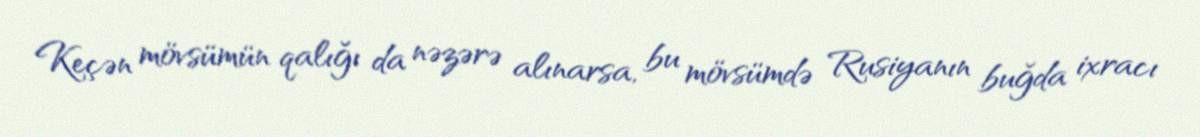
Keçən mövsümün qalığı da nəzərə alınarsa, bu mövsümdə Rusiyanın buğda ixracı